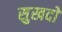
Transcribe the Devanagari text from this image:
सुखदो